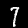
Label: 7